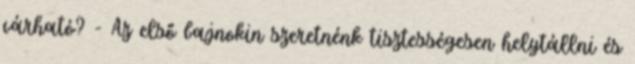
várható? - Az első bajnokin szeretnénk tisztességesen helytállni és